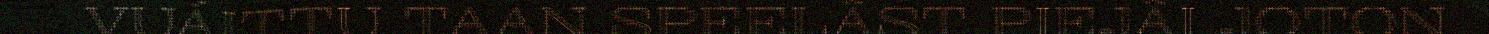
VUÁITTU TAAN SPEELÂST PIEJÂI JOTON